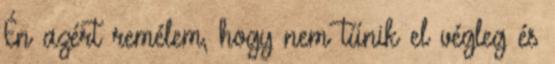
Én azért remélem, hogy nem tűnik el végleg és